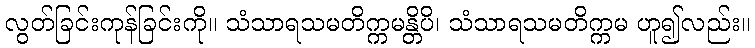
လွတ်ခြင်းကုန်ခြင်းကို။ သံသာရသမတိက္ကမန္တိပိ၊ သံသာရသမတိက္ကမ ဟူ၍လည်း။